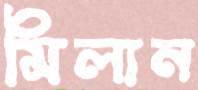
মিলান